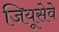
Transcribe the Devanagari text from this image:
जियूसेवे